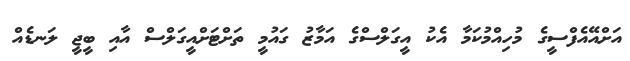
އަށްއޭއެފްސީގެ މުހިއްމުކަމާ އެކު އީގަލްސްގެ އަމާޒު ގައުމީ ތަށްޓަށްއީގަލްސް އާއި ބީޖީ ލަނޑެއް